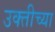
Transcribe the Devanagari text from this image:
उक्तीच्या